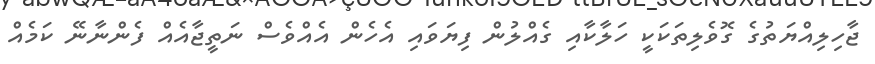
ޖާހިލިއްޔަތުގެ ގޮވެލިތަކަކީ ހަލާކާއި ގެއްލުން ފިޔަވައި އެހެން އެއްވެސް ނަތީޖާއެއް ފެންނާނޭ ކަމެއް